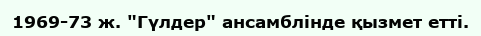
1969-73 ж. "Гүлдер" ансамблінде қызмет етті.